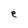
Character: e